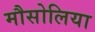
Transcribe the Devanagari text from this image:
मौसोलिया